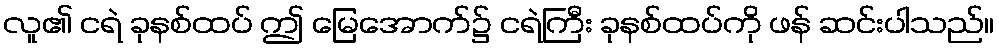
လူ၏ ငရဲ ခုနစ်ထပ် ဤ မြေအောက်၌ ငရဲကြီး ခုနစ်ထပ်ကို ဖန် ဆင်းပါသည်။